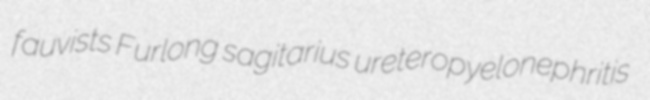
fauvists Furlong sagitarius ureteropyelonephritis